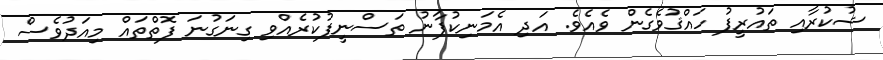
ޝުކުރާއި ތައުރީފު ހައްޤުވެގެން ވެއެވެ. އަދި އެމަނިކުފާނު ތަސްނީފުކުރެއްވި ގިނަގުނަ ފޮތްތައް މިއަދުވެސް